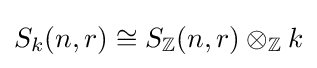
S_{k}(n,r)\cong S_{\mathbb {Z} }(n,r)\otimes _{\mathbb {Z} }k